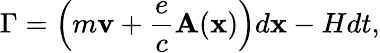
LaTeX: \Gamma=\left(m\textbf{v}+\frac{e}{c}\mathbf{A}(\textbf{x})\right)d\textbf{x}-Hdt,